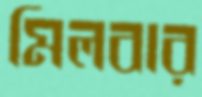
মিলবার